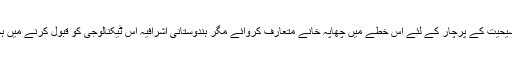
گوا میں مسیحی سوسائٹی نے مسیحیت کے پرچار کے لئے اس خطے میں چھاپہ خانے متعارف کروائے مگر ہندوستانی اشرافیہ اس ٹیکنالوجی کو قبول کرنے میں ہچکچاہٹ کا مظاہرہ کررہی ہے۔